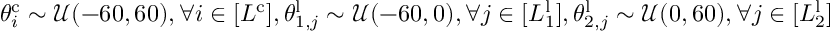
\theta _ { i } ^ { \mathrm { c } } \sim \mathcal { U } ( - 6 0 , 6 0 ) , \forall i \in [ L ^ { \mathrm { c } } ] , \theta _ { 1 , j } ^ { \mathrm { l } } \sim \mathcal { U } ( - 6 0 , 0 ) , \forall j \in [ L _ { 1 } ^ { \mathrm { l } } ] , \theta _ { 2 , j } ^ { \mathrm { l } } \sim \mathcal { U } ( 0 , 6 0 ) , \forall j \in [ L _ { 2 } ^ { \mathrm { l } } ]